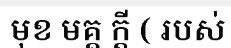
មុខ មគ្គ ក្តី ( របស់